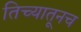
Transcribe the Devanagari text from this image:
तिच्यातूनच